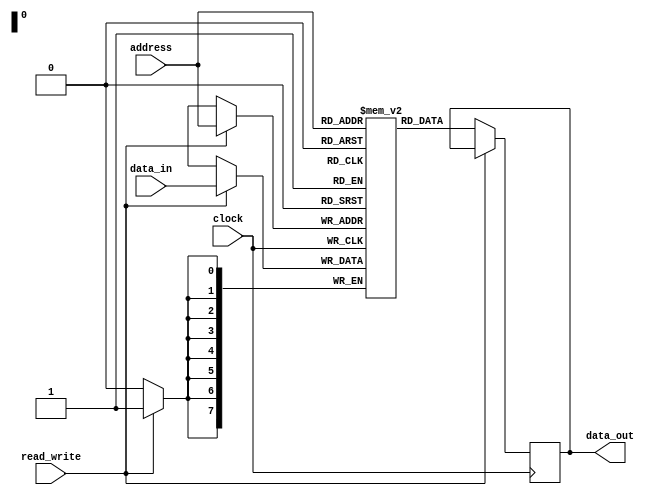
module EEPROM (
    input wire [7:0] address,
    input wire [7:0] data_in,
    input wire read_write,
    input wire clock,
    output reg [7:0] data_out
);

reg [7:0] memory [0:255]; //initialize memory array to store data

always @(posedge clock) begin
    if (read_write) begin
        memory[address] <= data_in; //write data to memory cell based on address
    end else begin
        data_out <= memory[address]; //read data from memory cell based on address
    end
end

endmodule